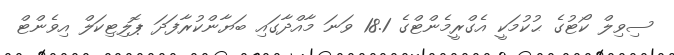
ސިވިލް ކޯޓުގެ ޙުކުމަކީ އެގްރީމެންޓްގެ 18.1 ވަނަ މާއްދާގައި ބަޔާންކުރާފަދަ ޕޮލިޓިކަލް އިވެންޓް